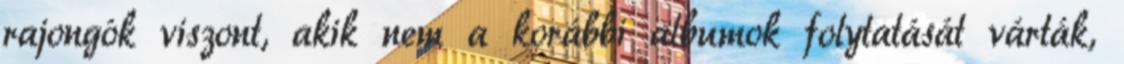
rajongók viszont, akik nem a korábbi albumok folytatását várták,